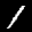
Label: 1